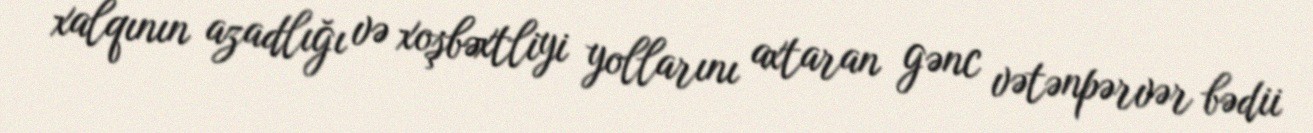
xalqının azadlığı və xoşbəxtliyi yollarını axtaran gənc vətənpərvər bədii